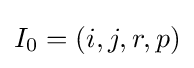
I_{0}=(i,j,r,p)